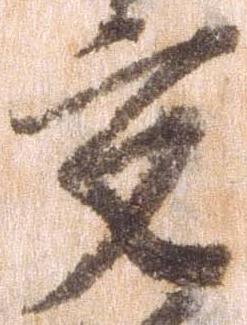
交